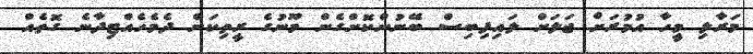
މަރާލި މީހާ އުމުރަށް ޖަލަށް ލައިފިބިސް ބޭނުންކޮށްގެން މޫނުގެ ރީތިކަން ދެމެހެއްޓިދާނެ ގޮތެއް